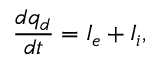
\frac { d q _ { d } } { d t } = I _ { e } + I _ { i } ,